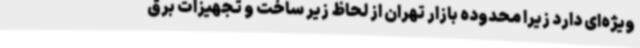
ویژه‌ای دارد زیرا محدوده بازار تهران از لحاظ زیر ساخت و تجهیزات برق